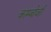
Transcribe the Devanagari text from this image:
काम्बोजी